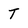
Character: T